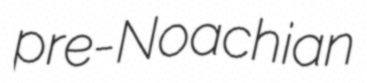
pre-Noachian